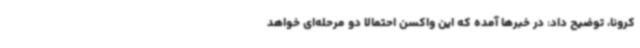
کرونا، توضیح داد: در خبرها آمده که این واکسن احتمالا دو مرحله‌ای خواهد